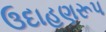
ઉદાહણરૂપ